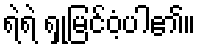
ရဲရဲ ရှုမြင်ဝံ့ပါ၏။